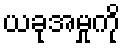
ယခုအမှုကို